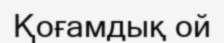
Қоғамдық ой